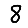
Digit: 8